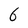
Character: 6